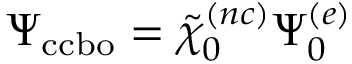
\Psi _ { \mathrm { c c b o } } = \tilde { \chi } _ { 0 } ^ { ( n c ) } \Psi _ { 0 } ^ { ( e ) }